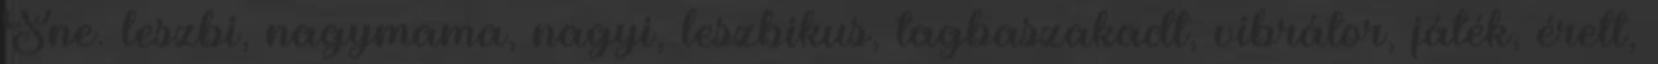
Sne. leszbi, nagymama, nagyi, leszbikus, tagbaszakadt, vibrátor, játék, érett,